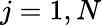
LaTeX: j=1,N